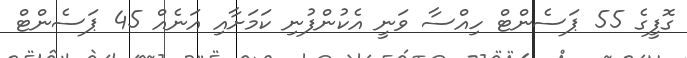
ގޮފީގެ 55 ޕަސެންޓް ހިއްސާ ވަނީ އެކުންފުނި ކަމަށާއި އަނެއް 45 ޕަސެންޓް